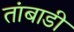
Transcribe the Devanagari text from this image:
तांबाडी